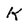
Character: k